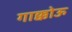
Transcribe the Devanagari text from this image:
गाक्कोऊ